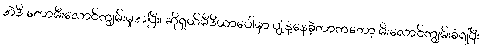
အဲဒီ တောမီးလောင်ကျွမ်းမှုအပြီး၊ ဆိုရှယ်မီဒီယာပေါ်မှာ ပျံ့နှံ့နေခဲ့တာကတော့ မီးလောင်ကျွမ်းခံရပြီး